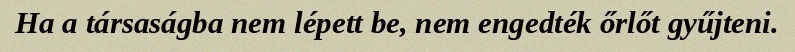
Ha a társaságba nem lépett be, nem engedték őrlőt gyűjteni.